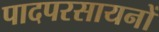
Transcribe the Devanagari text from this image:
पादपरसायनों